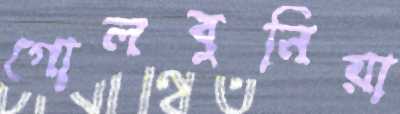
গোলবুনিয়া